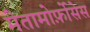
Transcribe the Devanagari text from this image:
मेतामोर्फ़ोसेस